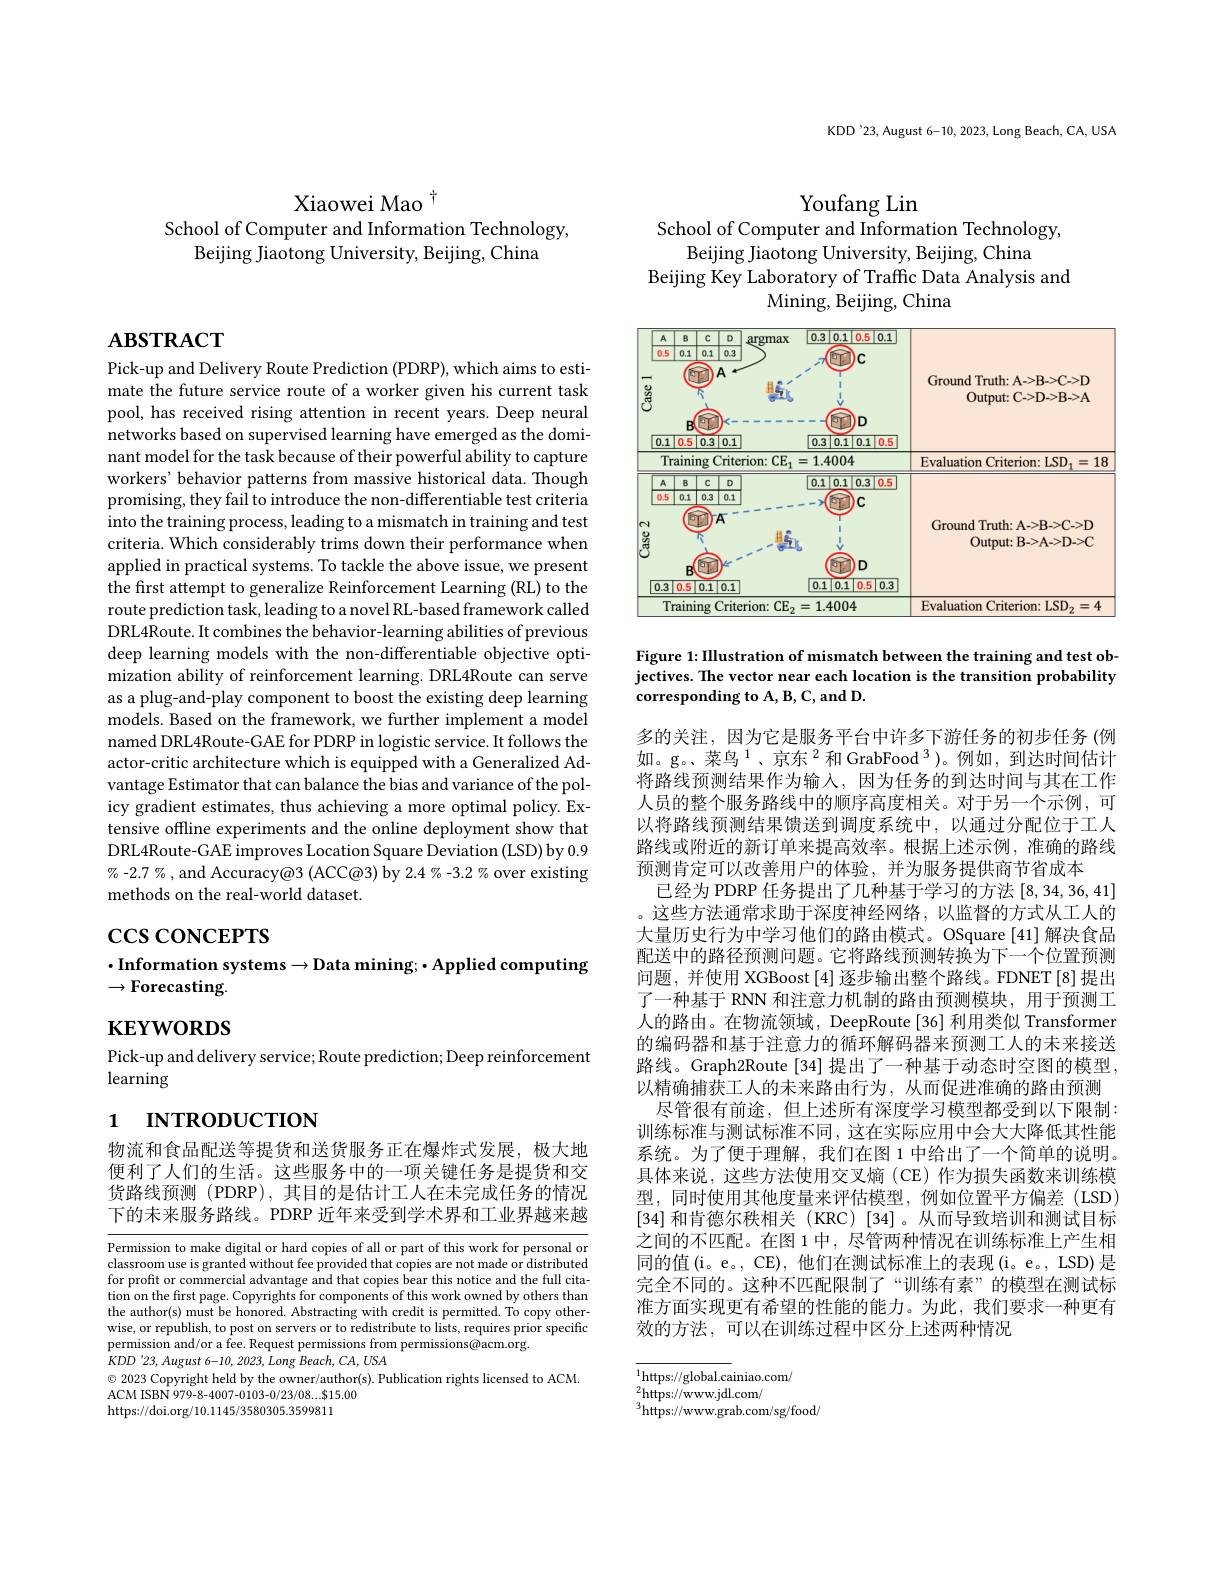
KDD'23, August 6-10, 2023, Long Beach, CA, USA

Xiaowei Mao $^{\dagger}$
School of Computer and Information Technology,
Beijing Jiaotong University, Beijing, China

# $\mathbf{ABSTRACT}$

Pick-up and Delivery Route Prediction (PDRP), which aims to estimate the future service route of a worker given his current task pool, has received rising attention in recent years. Deep neural networks based on supervised learning have emerged as the dominant model for the task because of their powerful ability to capture workers' behavior patterns from massive historical data. Though promising, they fail to introduce the non-differentiable test criteria into the training process, leading to a mismatch in training and test criteria. Which considerably trims down their performance when applied in practical systems. To tackle the above issue, we present the first attempt to generalize Reinforcement Learning (RL) to the route prediction task, leading to a novel RL-based framework called DRL4Route. It combines the behavior-learning abilities of previous deep learning models with the non-differentiable objective optimization ability of reinforcement learning. DRL4Route can serve as a plug-and-play component to boost the existing deep learning models. Based on the framework, we further implement a model named DRL4Route-GAE for PDRP in logistic service. It follows the actor-critic architecture which is equipped with a Generalized Advantage Estimator that can balance the bias and variance of the policy gradient estimates, thus achieving a more optimal policy. Extensive offline experiments and the online deployment show that DRL4Route-GAE improves Location Square Deviation (LSD) by 0.9 $\%-2.7\%$, and Accuracy@3 (ACC@3) by 2.4%-3.2% over existing methods on the real-world dataset.

$\csc\csc$coNCEPTS

# $\cdot$Information systems$\to$Data mining;$\bullet$Applied computing $\to\mathbf{Forecasting}.$

$\mathbf{KEYWORDS}$

Pick-up and delivery service; Route prediction; Deep reinforcement
learning

# 1 INTRODUCTION

物流和食品配送等提货和送货服务正在爆炸式发展，极大地便利了人们的生活。这些服务中的一项关键任务是提货和交货路线预测 (PDRP),其目的是估计工人在未完成任务的情况下的未来服务路线。PDRP 近年来受到学术界和工业界越来越

Permission to make digital or hard copies of all or part of this work for personal or classroom use is granted without fee provided that copies are not made or distributed for profit or commercial advantage and that copies bear this notice and the full citation on the first page. Copyrights for components of this work owned by others than the author(s) must be honored. Abstracting with credit is permitted. To copy otherwise, or republish, to post on servers or to redistribute to lists, requires prior specific permission and/or a fee. Request permissions from permissions@acm.org.
$KDD^{\prime}23,August$ 6-10, 2023, Long Beach, CA, USA
$\textcircled{\circ}$ 2023 Copyright held by the owner/author(s). Publication rights licensed to ACM.
ACM ISBN 979-8-4007-0103-0/23/08...$15.00
https://doi.org/10.1145/3580305.3599811

Youfang Lin
School of Computer and Information Technology,
Beijing Jiaotong University, Beijing, China
Beijing Key Laboratory of Traffic Data Analysis and
Mining, Beijing, China

<FigureHere>

Figure 1: Illustration of mismatch between the training and test objectives. The vector near each location is the transition probability corresponding to A, B, C, and D.

多的关注，因为它是服务平台中许多下游任务的初步任务(例如。g。、菜鸟$^{1}$、京东$^{2}$和GrabFood$^{3}$)。例如，到达时间估计将路线预测结果作为输入，因为任务的到达时间与其在工作人员的整个服务路线中的顺序高度相关。对于另一个示例，可以将路线预测结果馈送到调度系统中，以通过分配位于工人路线或附近的新订单来提高效率。根据上述示例，准确的路线预测肯定可以改善用户的体验，并为服务提供商节省成本
已经为 PDRP 任务提出了几种基于学习的方法[8,34,36,41] ,这些方法通常求助于深度神经网络，以监督的方式从工人的大量历史行为中学习他们的路由模式。OSquare [41] 解决食品配送中的路径预测问题。它将路线预测转换为下一个位置预测问题，并使用 XGBoost [4]逐步输出整个路线。FDNET[8]提出了一种基于 RNN 和注意力机制的路由预测模块，用于预测工人的路由。在物流领域，DeepRoute[36] 利用类似 Transformer 的编码器和基于注意力的循环解码器来预测工人的未来接送路线。Graph2Route [34] 提出了一种基于动态时空图的模型， 以精确捕获工人的未来路由行为，从而促进准确的路由预测
尽管很有前途，但上述所有深度学习模型都受到以下限制： 训练标准与测试标准不同，这在实际应用中会大大降低其性能系统。为了便于理解，我们在图 1 中给出了一个简单的说明。具体来说，这些方法使用交叉熵(CE)作为损失函数来训练模型，同时使用其他度量来评估模型，例如位置平方偏差(LSD) [34]和肯德尔秩相关 (KRC) [34]。从而导致培训和测试目标之间的不匹配。在图 1 中，尽管两种情况在训练标准上产生相同的值(i。e。, CE), 他们在测试标准上的表现(i。e。, LSD) 是完全不同的。这种不匹配限制了“训练有素”的模型在测试标准方面实现更有希望的性能的能力。为此，我们要求一种更有效的方法，可以在训练过程中区分上述两种情况

$\overline{^{1}\text{https://global.ca}}$iniao.com/
$\underset{3}{\operatorname*{\operatorname*{\operatorname*{2}}}}$https://www.jdl.com/
$^{3}$https://www.grab.com/sg/food/